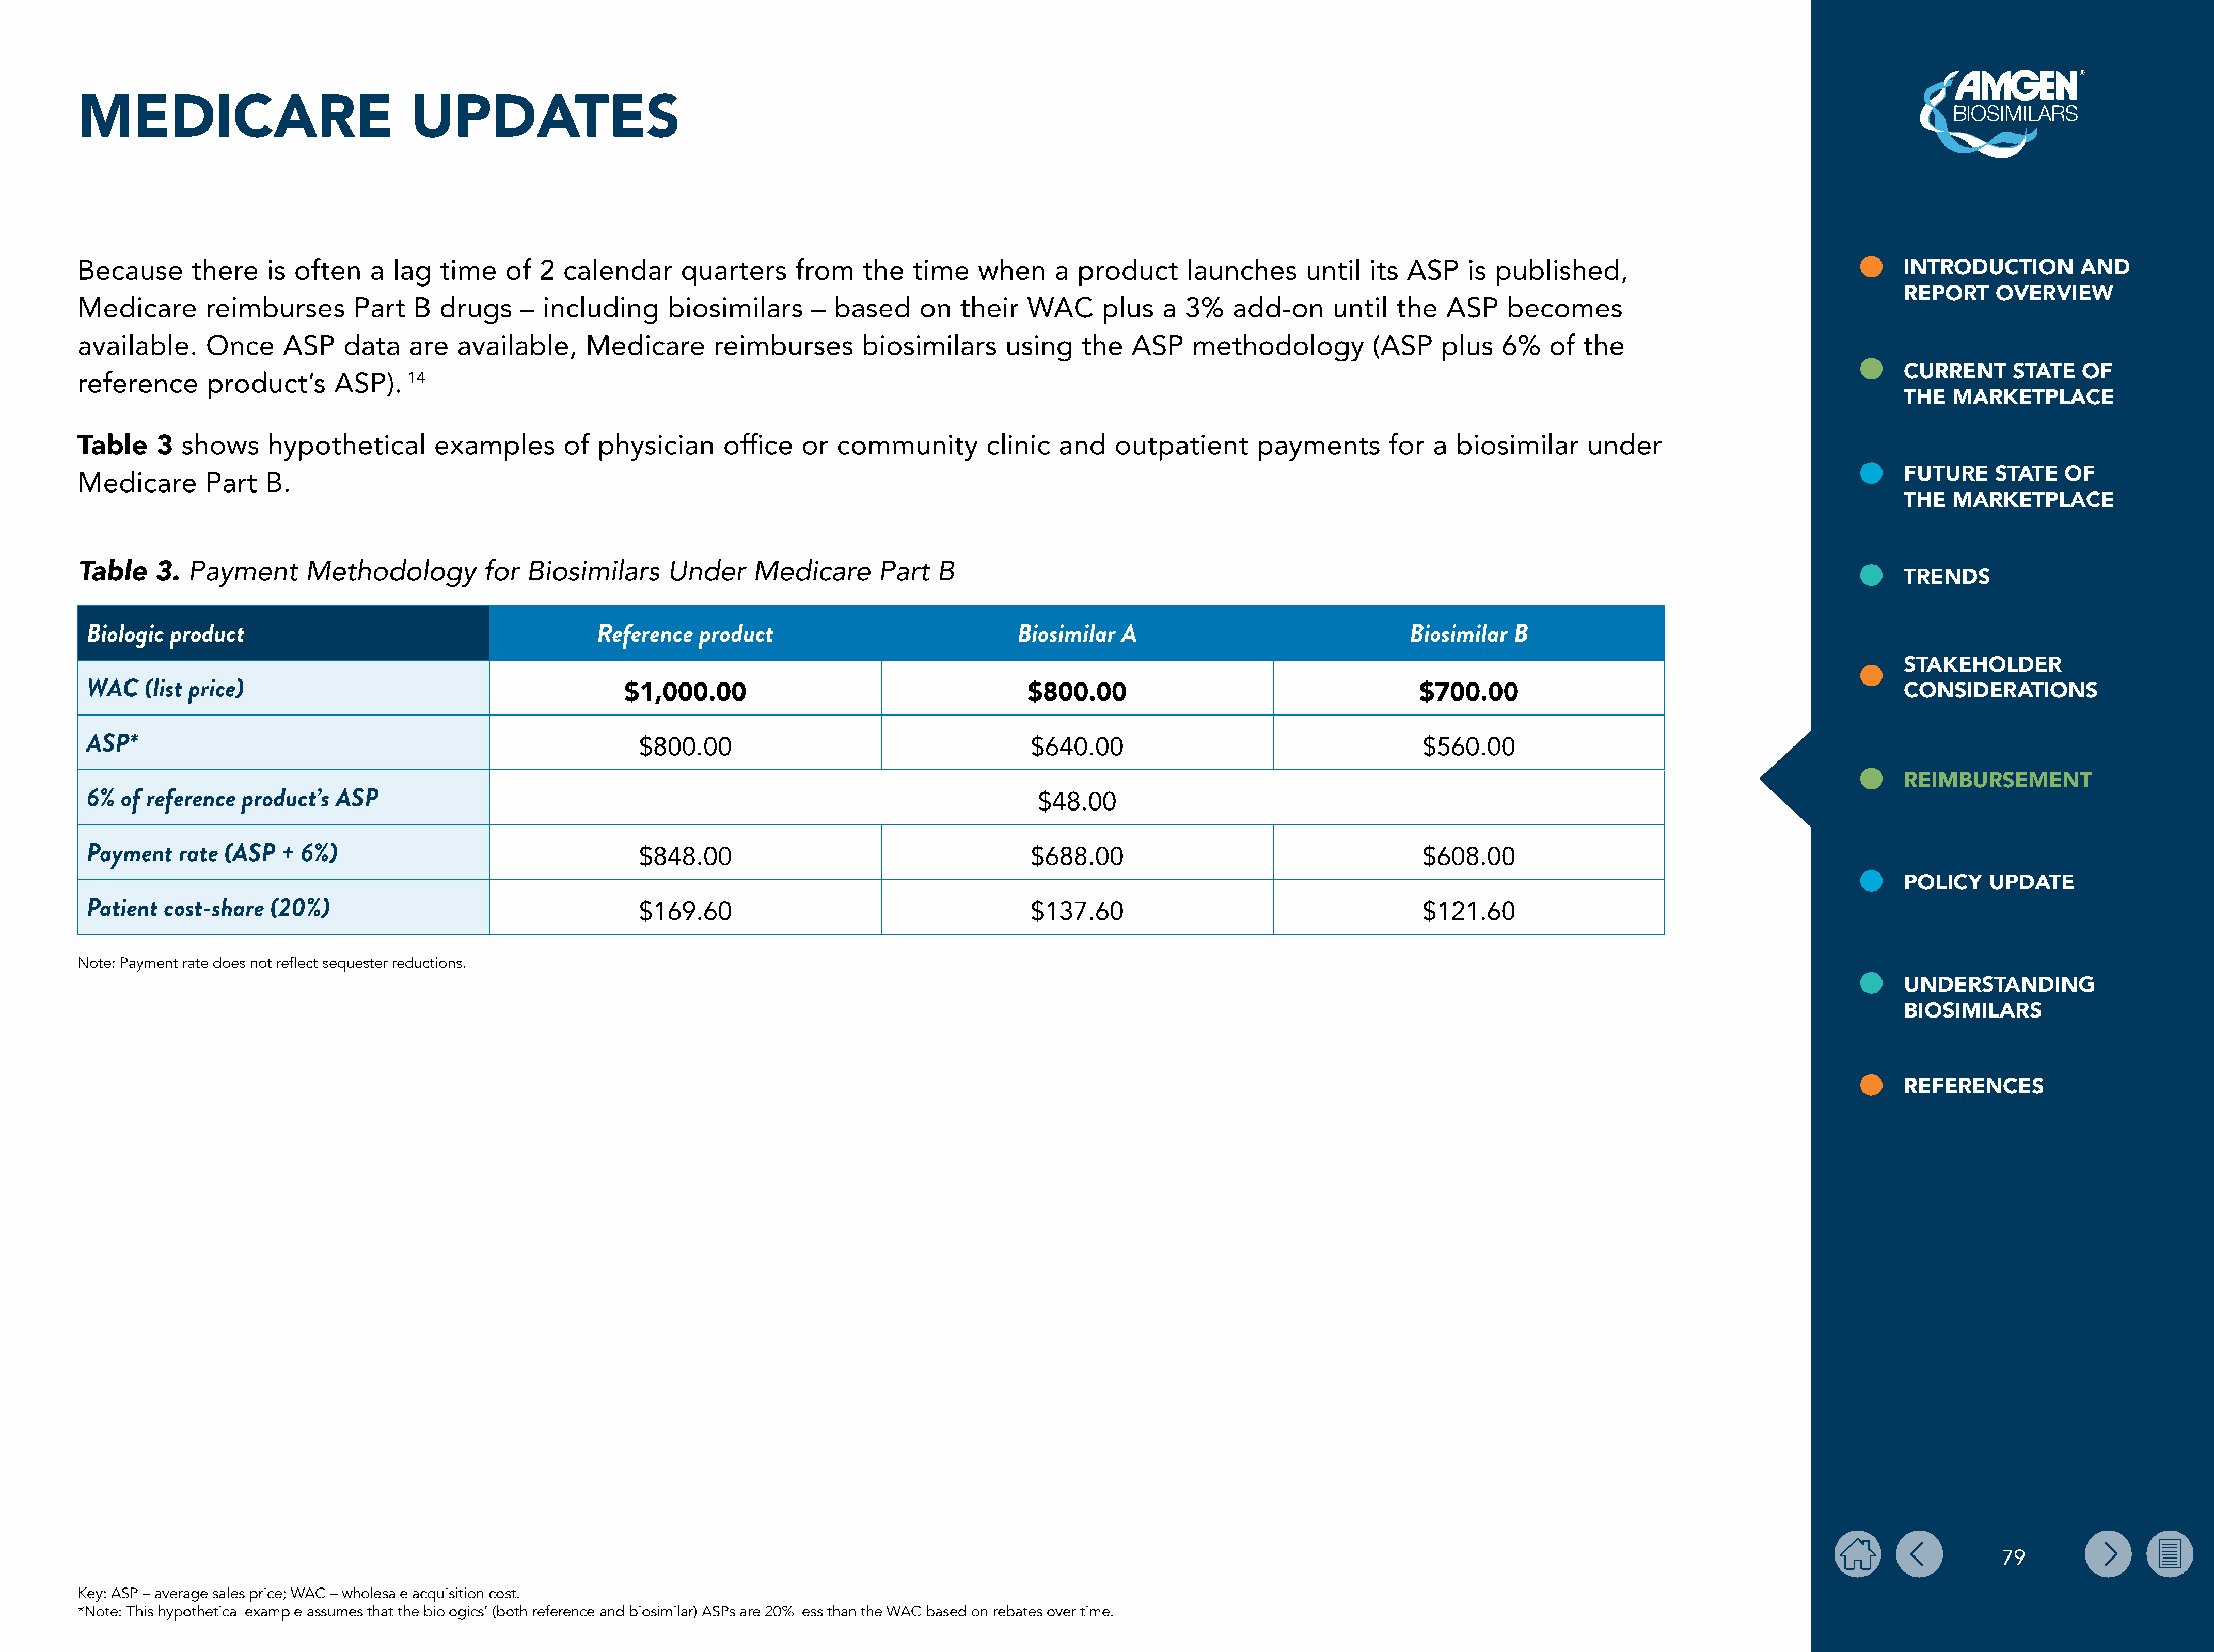
MEDICARE                                   UPDATES
 Because        there    is  often    a  lag   time     of  2  calendar       quarters       from     the   time    when      a  product       launches       until    its ASP     is  published,                                          INTRODUCTION           AND
 REPORT      OVERVIEW
 Medicare        reimburses         Part    B  drugs     –  including       biosimilars       –  based      on   their    WAC      plus    a  3%    add-on       until   the   ASP     becomes
 available.      Once      ASP     data    are   available,       Medicare        reimburses         biosimilars       using     the   ASP     methodology            (ASP     plus   6%    of   the
 CURRENT       STATE    OF
 reference        product’s       ASP).    14
 THE   MARKETPLACE
 Table     3  shows      hypothetical         examples         of  physician       office    or   community          clinic   and    outpatient        payments         for   a  biosimilar      under
 FUTURE      STATE    OF
 Medicare        Part    B.
 THE   MARKETPLACE
 Payment        Methodology            for   Biosimilars       Under      Medicare        Part   B
 Table     3.
 TRENDS
 Biologic   product                                                Reference    product                                 Biosimilar    A                                    Biosimilar   B
 STAKEHOLDER
 WAC     (list price)
 $1,000.00                                           $800.00                                           $700.00                                                       CONSIDERATIONS
 ASP*
 $800.00                                           $640.00                                           $560.00
 REIMBURSEMENT
 6%   of reference   product’s   ASP
 $48.00
 Payment     rate  (ASP   +  6%)
 $848.00                                           $688.00                                           $608.00
 POLICY     UPDATE
 Patient   cost-share    (20%)
 $169.60                                           $137.60                                           $121.60
 Note: Payment rate does not reflect sequester reductions.
 UNDERSTANDING
 BIOSIMILARS
 REFERENCES
 79
 Key: ASP – average sales price; WAC – wholesale acquisition cost.
 *Note: This hypothetical example assumes that the biologics’ (both reference and biosimilar) ASPs are 20% less than the WAC based on rebates over time.